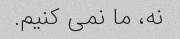
نه، ما نمی کنیم.